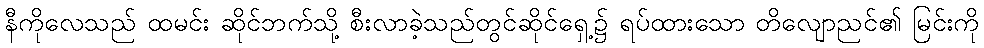
နီကိုလေသည် ထမင်း ဆိုင်ဘက်သို့ စီးလာခဲ့သည်တွင်ဆိုင်ရှေ့၌ ရပ်ထားသော တိလျောညင်၏ မြင်းကို